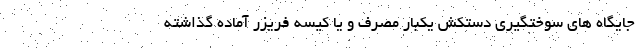
جایگاه های سوختگیری دستکش یکبار مصرف و یا کیسه فریزر آماده گذاشته